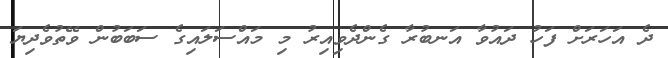
ދެ އަހަރަށް ފަހު ދައުވާ އަނބުރާ ގެންދެވިއިރު މި މައްސަލައިގެ ސަބަބުން ވޭތުވެދިޔަ